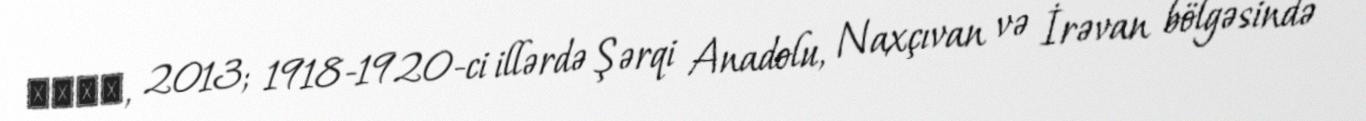
Баку, 2013; 1918-1920-ci illərdə Şərqi Anadolu, Naxçıvan və İrəvan bölgəsində